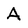
Character: A